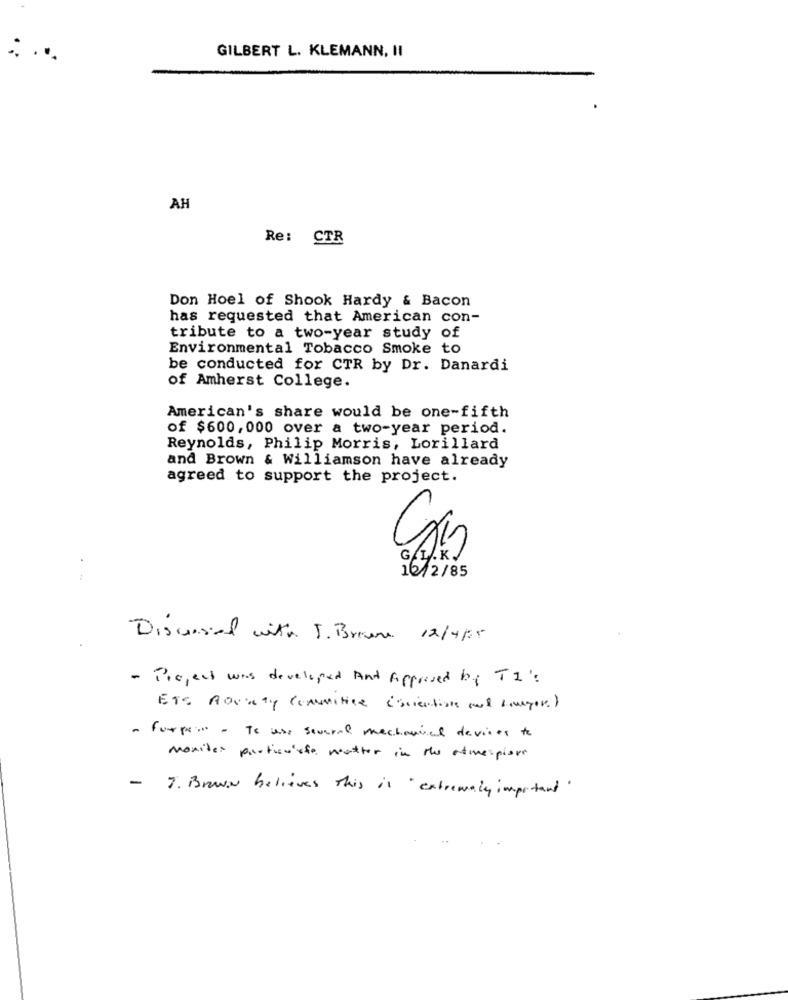
GILBERT L. KLEMANN, II
AH
Re: CTR
Don Hoel of Shook Hardy & Bacon
has requested that American con-
tribute to a two-year study of
Environmental Tobacco Smoke to
be conducted for CTR by Dr. Danardi
of Amherst College.
American's share would be one-fifth
of $600,000 over a two-year period.
Reynolds, Philip Morris, Lorillard
and Brown & Williamson have already
agreed to support the project.
Gy.KJ
1212/85
..
Discussed with J. Brawn 12/4/35
- Project was developed And Approved by TI's
Etc Adriaty Comunitice (scientists and longer)
- Furper - To use several mechanics devices to
moxites particulate weather in the ativespiores
7. Brown believes this is extremely important "